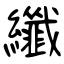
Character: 纖